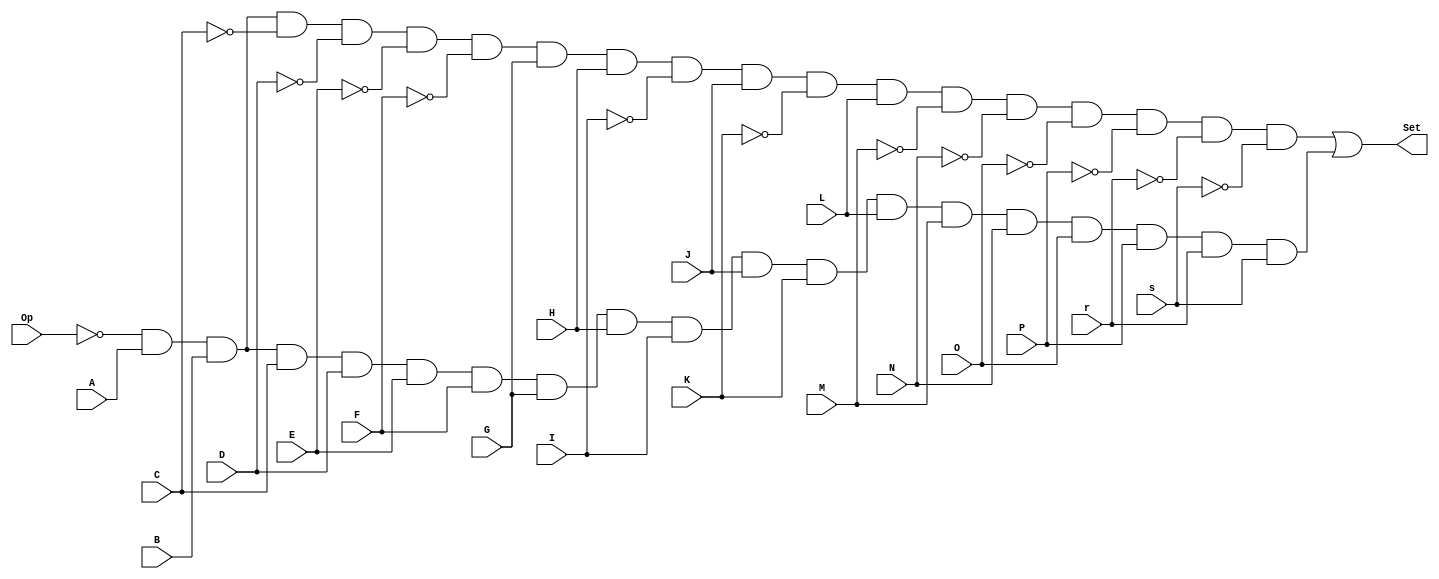


module mundo7 (
  input Op,
  input A,
  input B,
  input C,
  input D,
  input E,
  input F,
  input G,
  input H,
  input I,
  input J,
  input K,
  input L,
  input M,
  input N,
  input O,
  input P,
  input r,
  input s,
  output Set
);
  assign Set = ((~ Op & A & B & ~ C & ~ D & ~ E & ~ F & G & H & ~ I & J & ~ K & L & ~ M & ~ N & ~ O & ~ P & ~ r & ~ s) | (~ Op & A & B & C & D & E & F & G & H & I & J & K & L & M & N & O & P & r & s));
endmodule